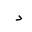
Letter: _dal